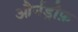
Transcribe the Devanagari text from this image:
और्नड्रौफ़